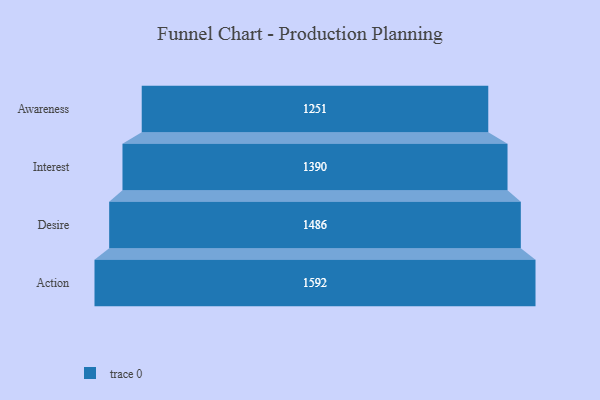
{"axis": {"x": "Stage", "y": "Value"}, "legend": [""], "data": [{"x": "Awareness", "y": 1251.0, "type": ""}, {"x": "Interest", "y": 1390.0, "type": ""}, {"x": "Desire", "y": 1486.0, "type": ""}, {"x": "Action", "y": 1592.0, "type": ""}]}